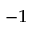
^ { - 1 }